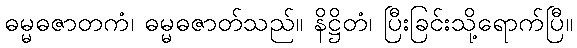
ဓမ္မဓဇာတကံ၊ ဓမ္မဓဇာတ်သည်။ နိဋ္ဌိတံ၊ ပြီးခြင်းသို့ရောက်ပြီ။